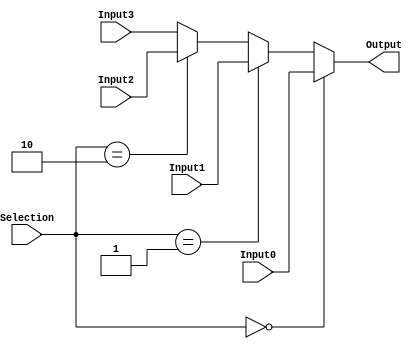
module Mux_4_1_32(
    input [31:0] Input0,
    input [31:0] Input1,
    input [31:0] Input2,
    input [31:0] Input3,
    input [1:0] Selection,
    output [31:0] Output
);
    assign Output = (Selection == 2'b00) ? Input0 : 
                    (Selection == 2'b01) ? Input1 : 
                    (Selection == 2'b10) ? Input2 : Input3;
endmodule